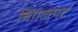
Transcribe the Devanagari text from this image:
चिंगलपट